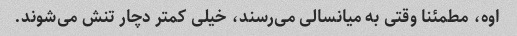
اوه، مطمئنا وقتی به میانسالی می‌رسند، خیلی کمتر دچار تنش می‌شوند.